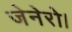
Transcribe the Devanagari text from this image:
जेनेरो।